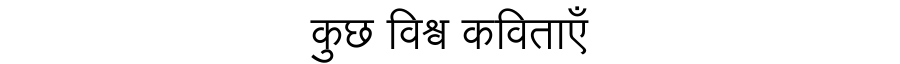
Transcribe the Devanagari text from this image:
कुछ विश्व कविताएँ